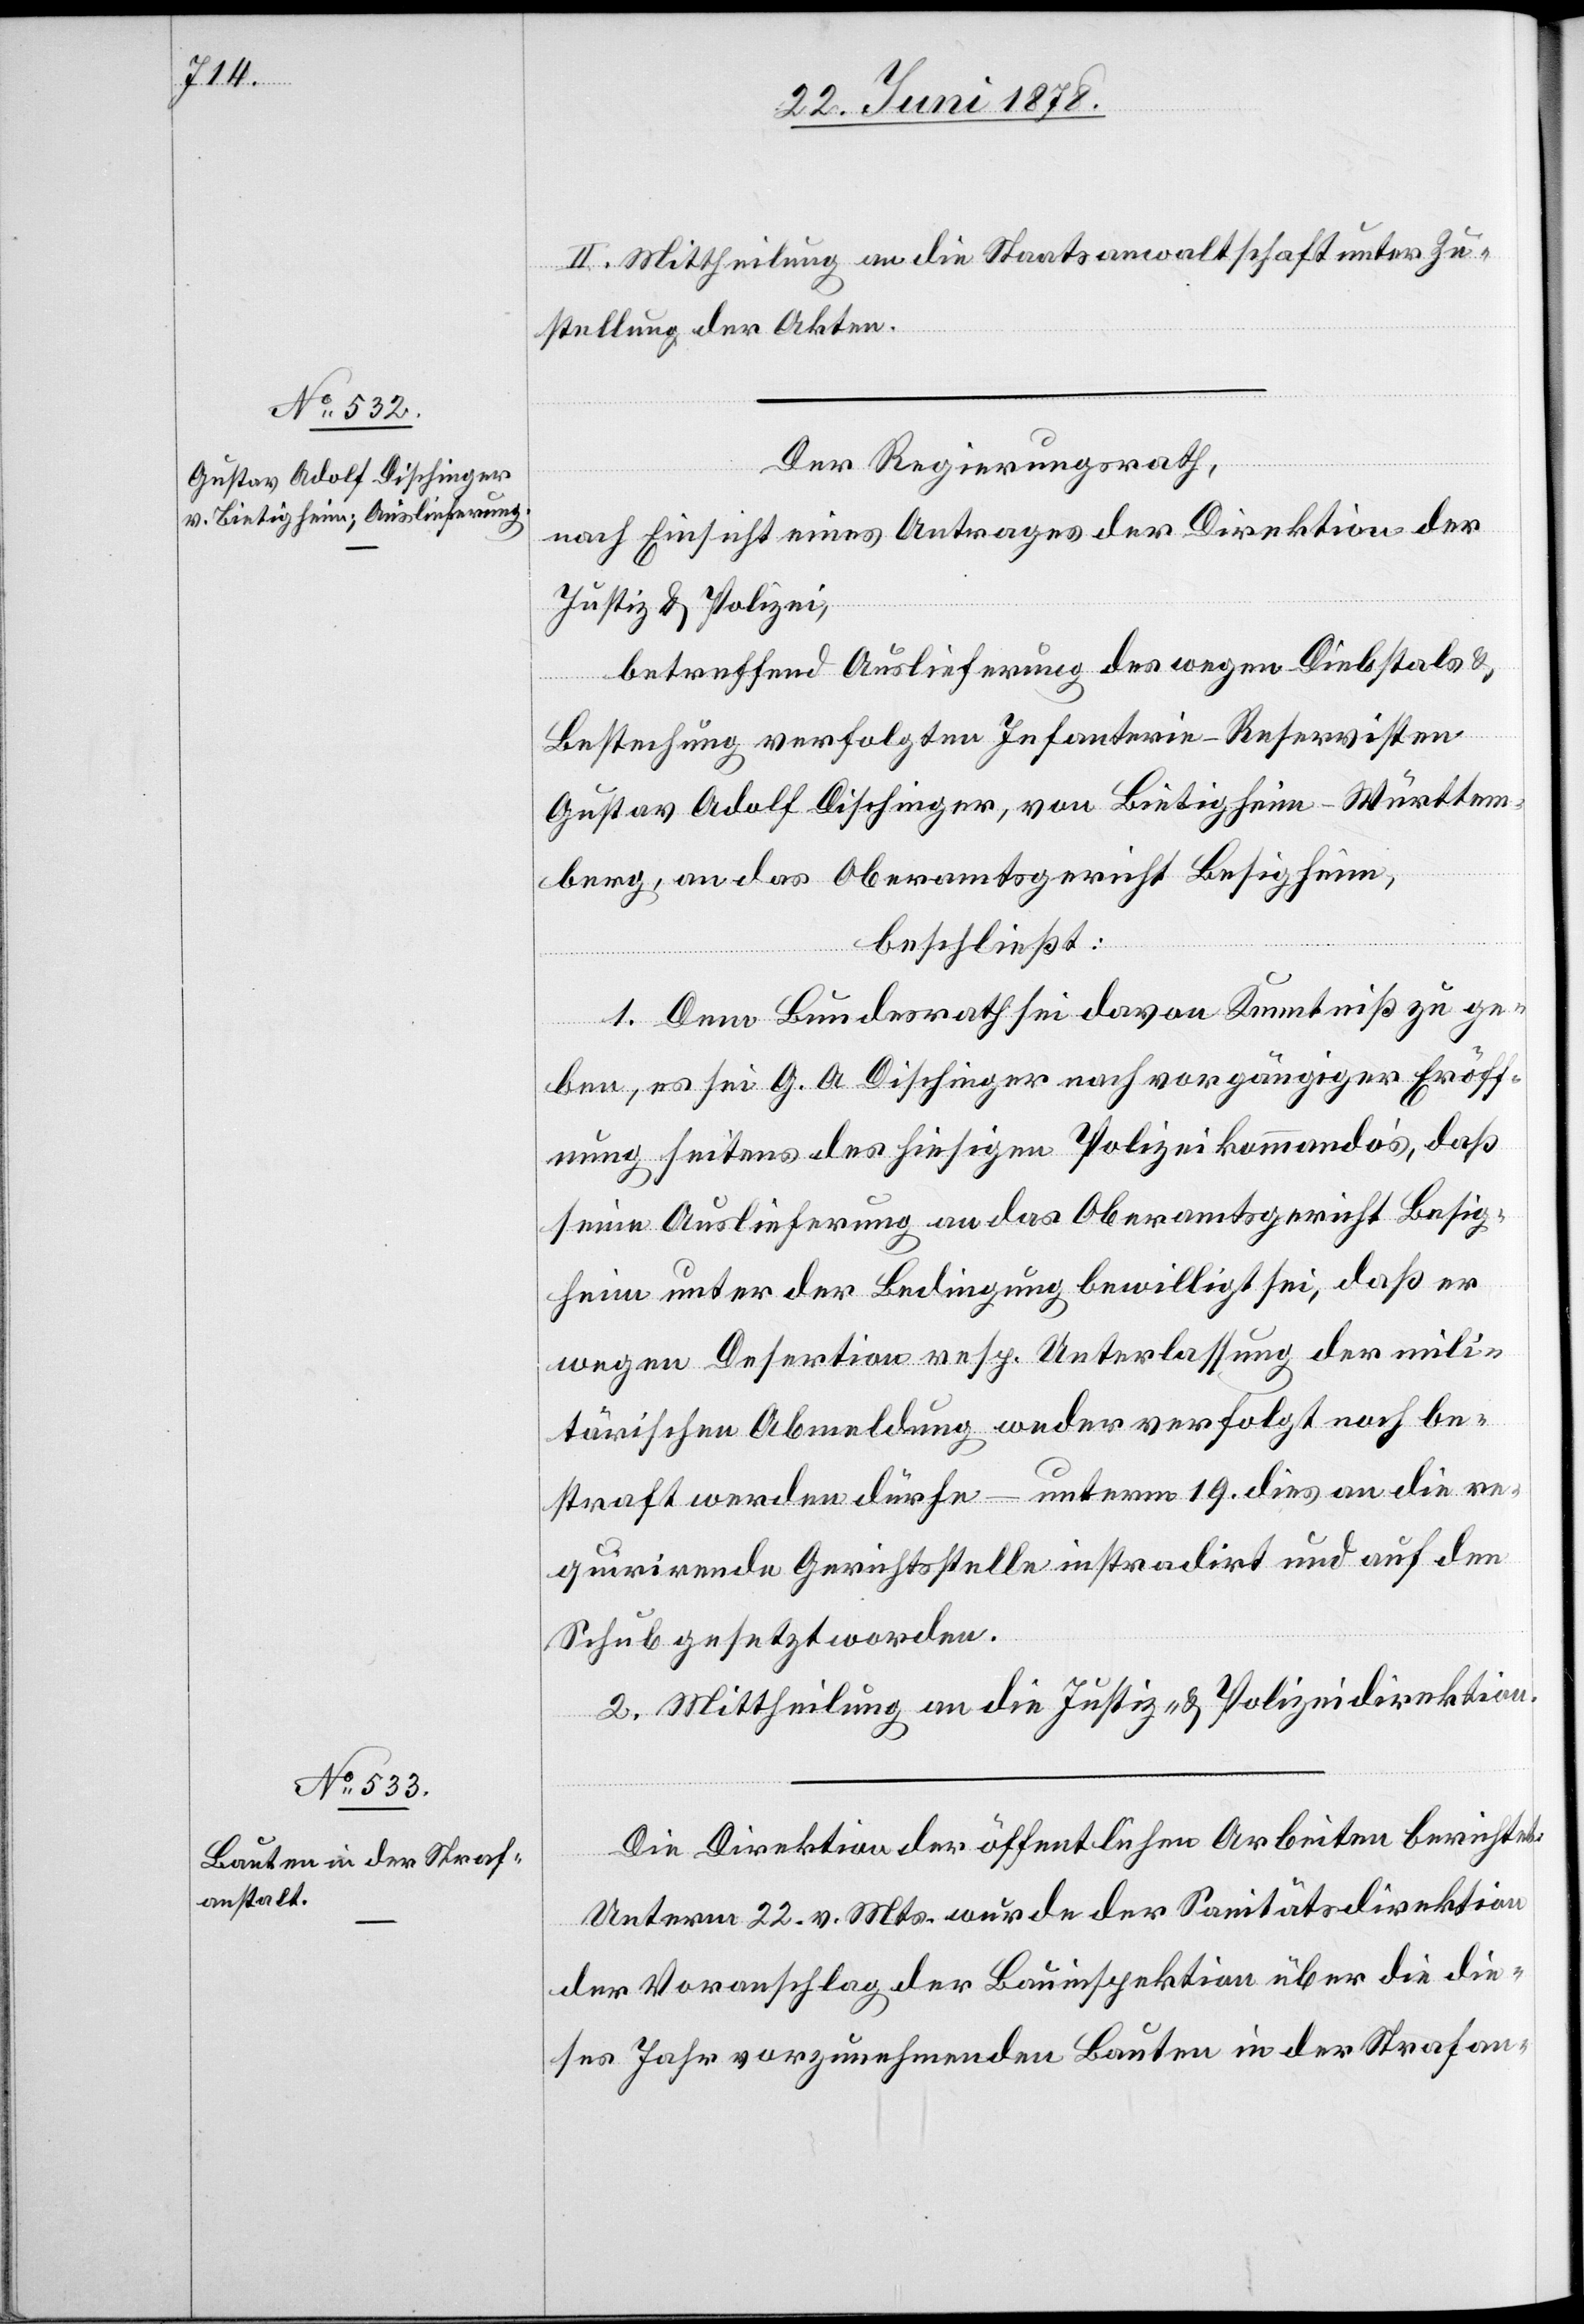
II. Mittheilung an die Staatsanwaltschaft unter Zu¬
stellung der Akten.
Der Regierungsrath,
nach Einsicht eines Antrages der Direktion der
Justiz & Polizei,
betreffend Auslieferung des wegen Diebstals &
Bestechung verfolgten Infanterie-Reservisten
Gustav Adolf Dischinger, von Bietigheim - Württem¬
berg, an das Oberamtsgericht Besigheim,
beschließt:
1. Dem Bundesrath sei davon Kenntniß zu ge¬
ben, es sei G. A. Dischinger nach vorgängiger Eröff¬
nung seitens des hiesigen Polizeikommando’s, daß
seine Auslieferung an das Oberamtsgericht Besig¬
heim unter der Bedingung bewilligt sei, daß er
wegen Desertion resp. Unterlassung der mili¬
tärischen Abmeldung weder verfolgt noch be¬
straft werden dürfe – unterm 19. dies an die re¬
quirirende Gerichtsstelle instradirt und auf den
Schub gesetzt worden.
2. Mittheilung an die Justiz- & Polizeidirektion.
Die Direktion der öffentlichen Arbeiten berichtet:
Unterm 22. v. Mts. wurde der Sanitätsdirektion
der Voranschlag der Bauinspektion über die die¬
ses Jahr vorzunehmenden Bauten in der Strafan-